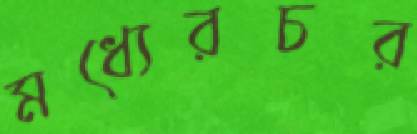
মধ্যেরচর